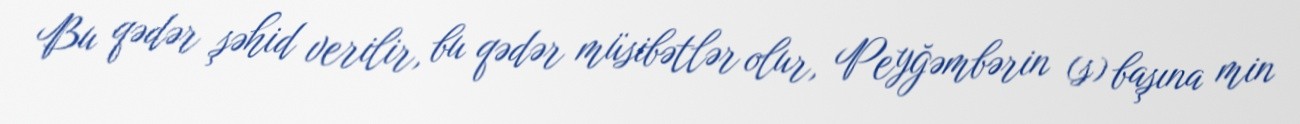
Bu qədər şəhid verilir, bu qədər müsibətlər olur, Peyğəmbərin (s) başına min